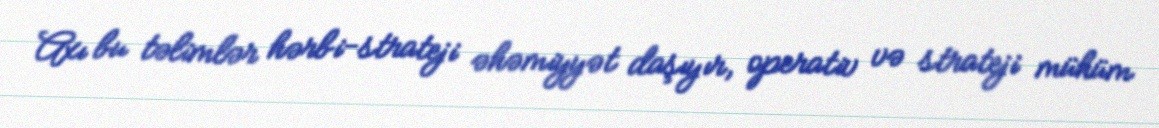
Axı bu təlimlər hərbi-strateji əhəmiyyət daşıyır, operativ və strateji mühüm